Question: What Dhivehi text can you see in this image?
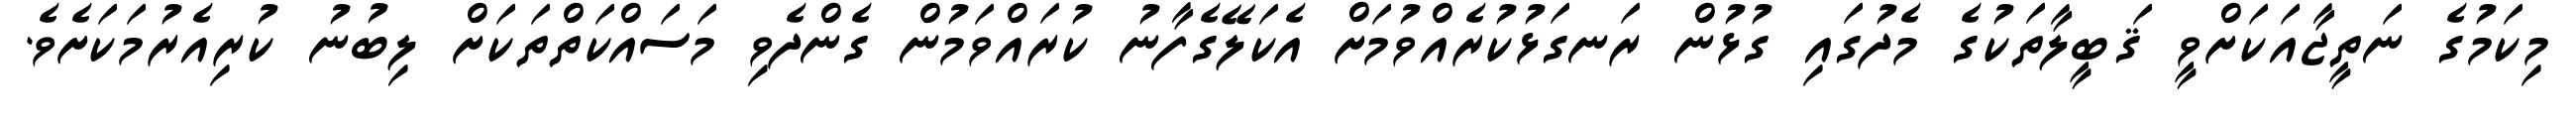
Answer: މިކަމުގެ ނަތީޖާއަކަށްވީ ޤަބީލާތަކުގެ މެދުގައި ގުޅުން ރަނގަޅުކުރެއްވުމަށް އެކަލޭގެފާނު ކުރައްވަމުން ގެންދެވި މަސައްކަތްތަކަށް ލިބުނު ކުރިއެރުމަކަށެވެ.